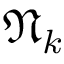
\mathfrak { N } _ { k }